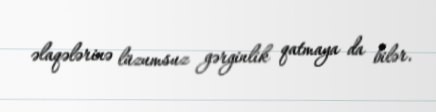
əlaqələrinə lüzumsuz gərginlik qatmaya da bilər.